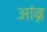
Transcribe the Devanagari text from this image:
आंब्रे